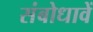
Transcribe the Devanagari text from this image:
संबोधावें